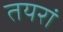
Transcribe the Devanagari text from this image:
तयरां